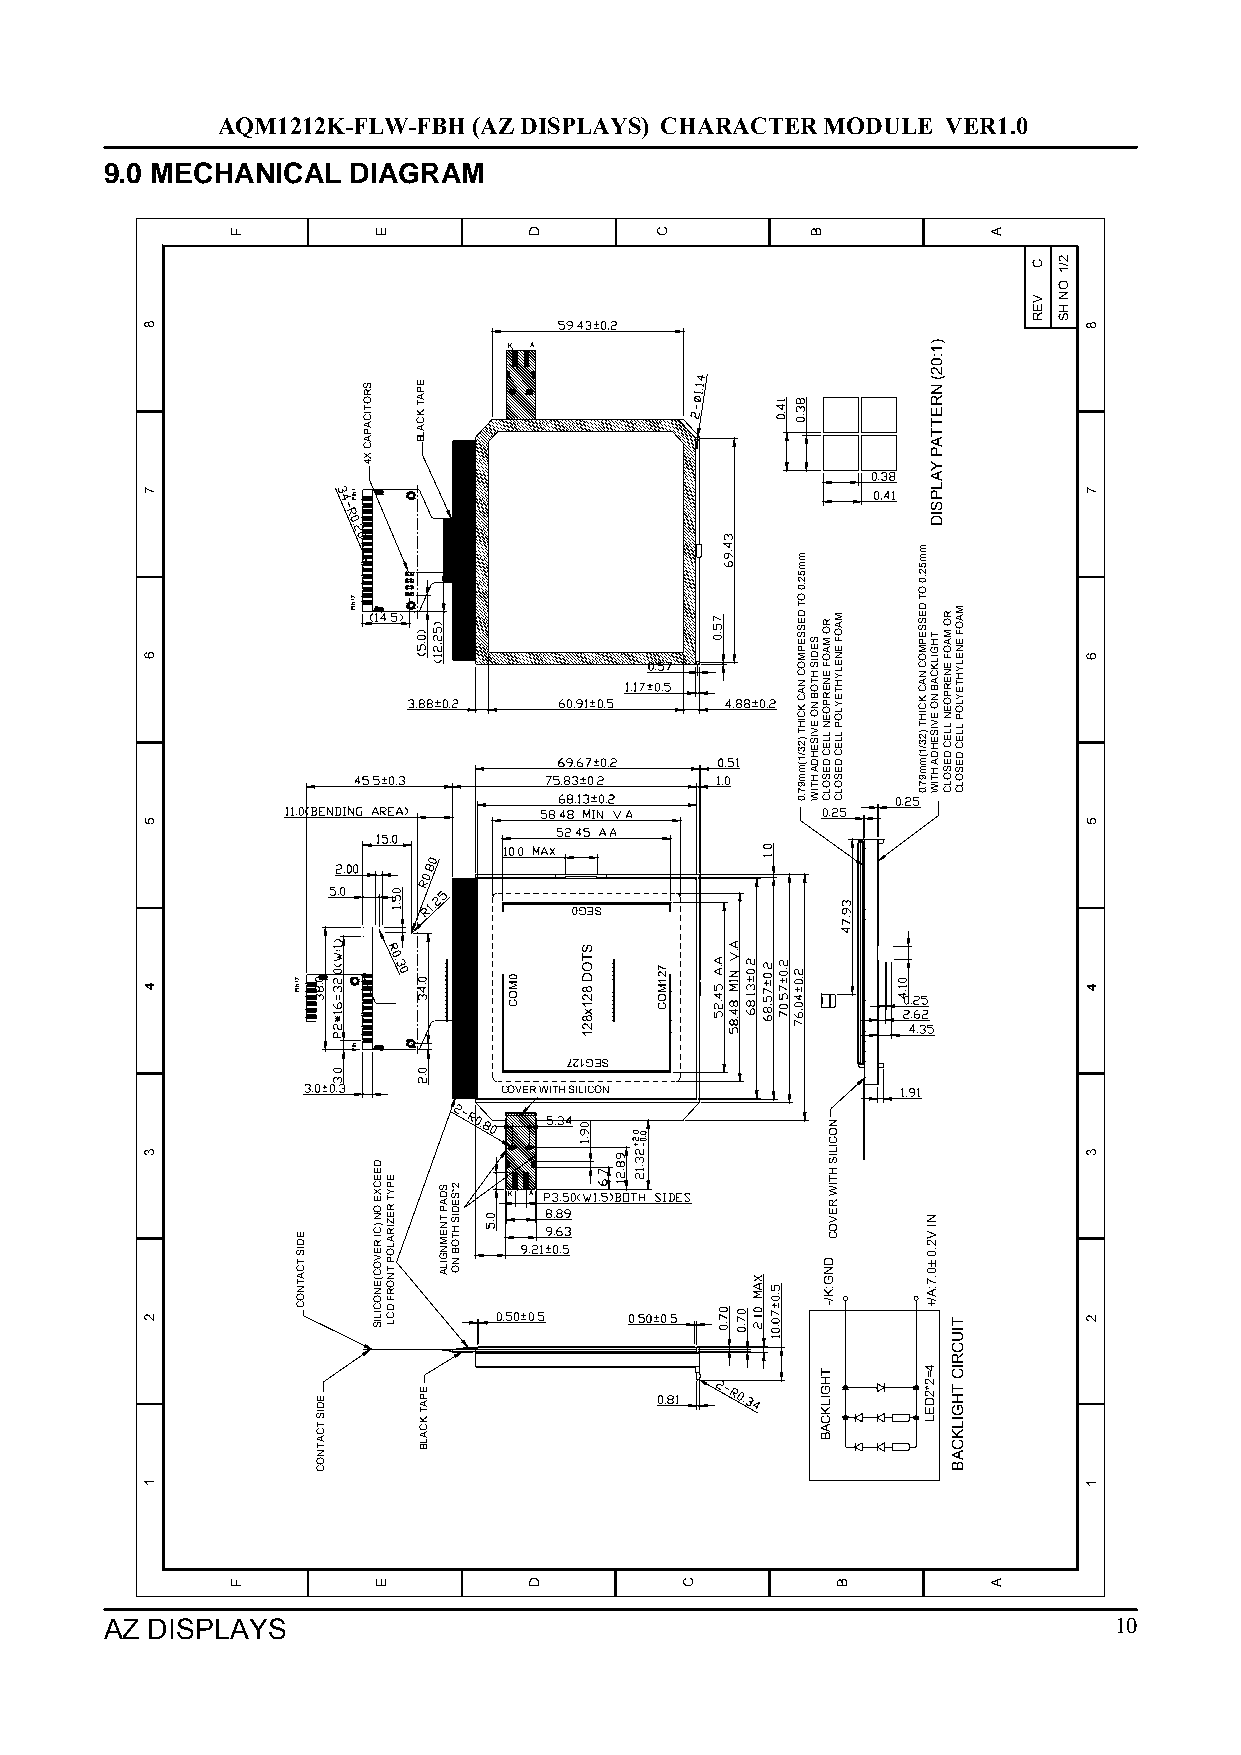
AQM1212K-FLW-FBH (AZ DISPLAYS) CHARACTER MODULE  VER1.0
 9.0 MECHANICAL  DIAGRAM
 K A
 0GES
 721GES
 COVER WITH SILICON
 K A
 AZ DISPLAYS                                                        10
 8
 7
 6
 5
 4
 3
 2
 1
 F
 F
 71NIP
 EDIS
 TCATNOC
 EDIS
 TCATNOC
 1NIP
 71NIP
 1NIP
 SROTICAPAC
 X4
 E
 DEECXE
 ON
 )CI
 REVOC(ENOCILIS
 E
 EPYT
 REZIRALOP
 TNORF
 DCL
 EPAT
 KCALB
 EPAT
 KCALB
 SDAP
 TNEMNGILA
 2*SEDIS
 HTOB
 NO
 0MOC
 D
 D
 STOD
 821x821
 C
 721MOC
 C
 mm52.0
 OT
 DESSEPMOC
 NAC
 KCIHT
 )23/1(mm97.0
 B
 SEDIS
 HTOB
 NO
 EVISEHDA
 HTIW
 RO
 MAOF
 ENERPOEN
 LLEC
 DESOLC
 NOCILIS
 HTIW
 REVOC
 DNG:K/-
 THGILKCAB
 MAOF
 ENELYHTEYLOP
 LLEC
 DESOLC
 B
 )1:02(
 NRETTAP
 YALPSID
 mm52.0
 OT
 DESSE
 TP HM
 GO ILC
 K
 CN
 AA BC
 NK
 OC
 I EH
 VT I S)2 E3 H/1
 D(m A m H9
 T7 IW.0
 NI
 V2.0±0.7:A/+
 4=2*2DEL
 RO
 MAOF
 ENERPOEN
 LLEC
 DESOLC
 MAOF
 ENELYHTEYLOP
 LLEC
 DESOLC
 TIUCRIC
 THGILKCAB
 A
 A
 C
 VER
 2/1
 ON
 HS
 8
 7
 6
 5
 4
 3
 2
 1